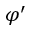
\varphi ^ { \prime }